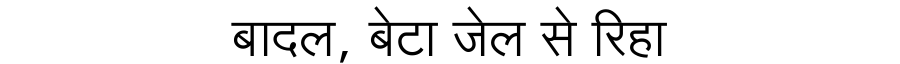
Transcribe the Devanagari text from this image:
बादल, बेटा जेल से रिहा